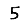
Digit: 5